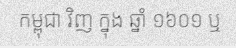
កម្ពុជា វិញ ក្នុង ឆ្នាំ ១៦០១ ឬ